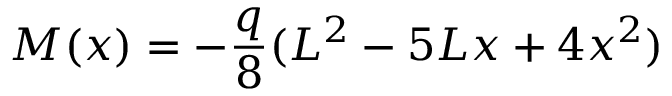
M ( x ) = - { \frac { q } { 8 } } ( L ^ { 2 } - 5 L x + 4 x ^ { 2 } )